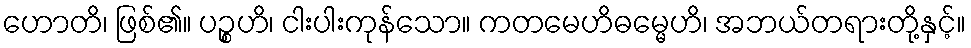
ဟောတိ၊ ဖြစ်၏။ ပဉ္စဟိ၊ ငါးပါးကုန်သော။ ကတမေဟိဓမ္မေဟိ၊ အဘယ်တရားတို့နှင့်။